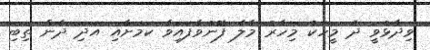
ވިދާޅުވީ ދެ މީހަކު މިހާރު މާލެ ފޮނުވާފައިވާ ކަމަށާއި އަދި ދެން ތިބި